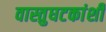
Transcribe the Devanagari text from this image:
वास्तुघटकांशी